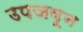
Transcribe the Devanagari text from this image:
उपजवून